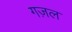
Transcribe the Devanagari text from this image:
गज़ल